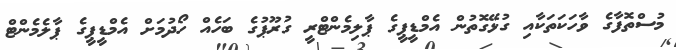
މުސްތޮފާގެ ވާހަކަތަކާއި ގުޅޭގޮތުން އެމްޑީޕީގެ ޕާލިމެންޓްރީ ގުރޫޕުގެ ބަހެއް ހޯދުމަށް އެމްޑީޕީގެ ޕާލެމެންޓް